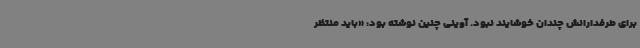
برای طرفدارانش چندان خوشایند نبود. آوینی چنین نوشته بود: «باید منتظر